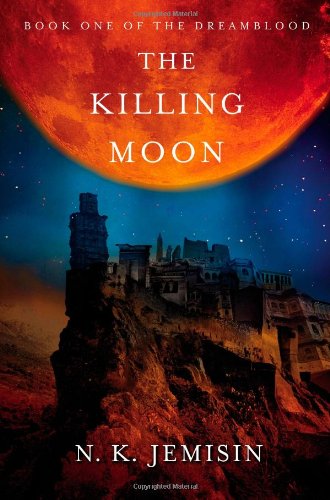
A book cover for The Killing Moon (Dreamblood); N. K. Jemisin; Romance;